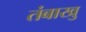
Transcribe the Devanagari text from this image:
तंबाखु